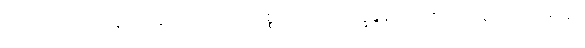
သော၊ ထိုဝိပဿနာဟု ဆိုအပ်သော ပရိစ္စဂဝေါသဂ္ဂပက္ခန္ဒနဝေါသဂ္ဂကို။ ဣဓ၊ ဤအရာ၌။